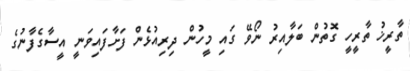
ތާރީޚު ތާރީހީ ގޮތުން ބަލާއިރު ނޯވޭ ގައި މީހުން ދިރިއުޅެން ފަށާފައިވަނީ އީސާގެފާނުގެ